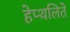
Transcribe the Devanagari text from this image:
हेप्थलिते